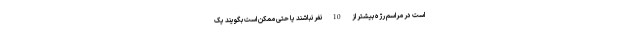
است در مراسم رژه بیشتر از 10 نفر نباشند یا حتی ممکن است بگویند یک